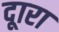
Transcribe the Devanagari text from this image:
दूारा